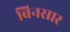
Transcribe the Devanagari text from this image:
बिनसार